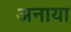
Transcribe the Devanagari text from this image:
अनाया